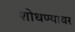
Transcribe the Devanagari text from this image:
शोधण्यावर